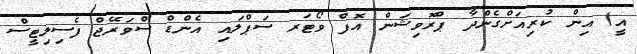
އީ) އިން ކުރިއަށްގެންދާ ޕްރޮވިޝަން އޮފް ވޯޓަރ ސަޕްލައި އެންޑް ސްވަރޭޖް ފެސިލިޓީސް